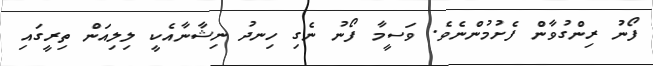
ފޯނު ރިންގުވާން ފެށުމުންނެވެ. ވަސީމާ ފޯނު ނެގި ހިނދު ނިޝާނާއެކީ ލިލިއަން ތިރީގައި